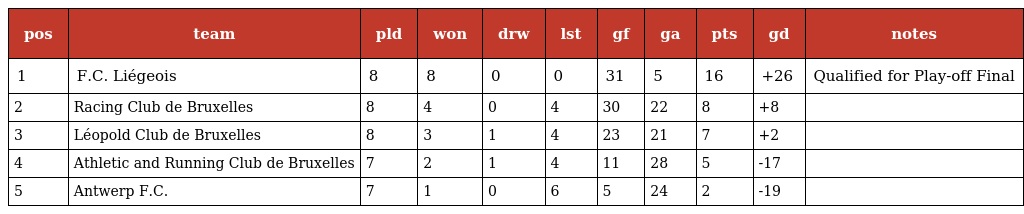
| pos | team | pld | won | drw | lst | gf | ga | pts | gd | notes |
 | --- | --- | --- | --- | --- | --- | --- | --- | --- | --- | --- |
 | 1 | F.C. Liégeois | 8 | 8 | 0 | 0 | 31 | 5 | 16 | +26 | Qualified for Play-off Final |
 | 2 | Racing Club de Bruxelles | 8 | 4 | 0 | 4 | 30 | 22 | 8 | +8 |  |
 | 3 | Léopold Club de Bruxelles | 8 | 3 | 1 | 4 | 23 | 21 | 7 | +2 |  |
 | 4 | Athletic and Running Club de Bruxelles | 7 | 2 | 1 | 4 | 11 | 28 | 5 | -17 |  |
 | 5 | Antwerp F.C. | 7 | 1 | 0 | 6 | 5 | 24 | 2 | -19 |  |